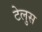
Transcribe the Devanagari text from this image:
टेलुस